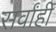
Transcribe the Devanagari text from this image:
सर्वांही